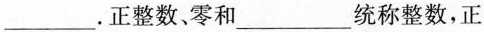
___. 正整数、零和___统称整数，正